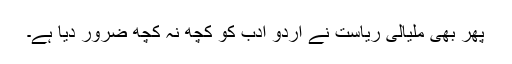
پھر بھی ملیالی ریاست نے اُردو ادب کو کچھ نہ کچھ ضرور دیا ہے۔